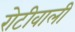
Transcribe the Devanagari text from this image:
रोटीवाली